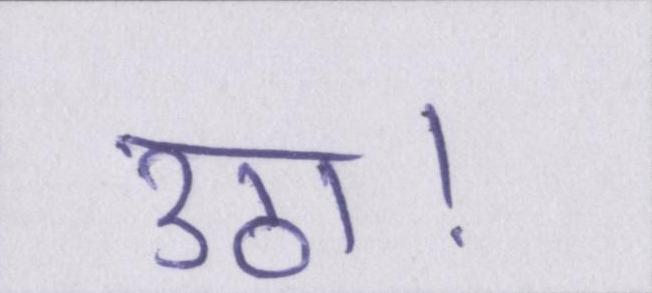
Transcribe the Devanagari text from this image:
उठा।